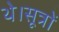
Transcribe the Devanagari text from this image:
थे।सूत्रों